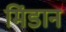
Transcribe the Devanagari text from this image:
मिंडान